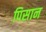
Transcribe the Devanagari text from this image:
पिसान